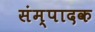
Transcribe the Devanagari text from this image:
संम्पादक